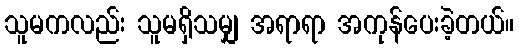
သူမကလည်း သူမရှိသမျှ အရာရာ အကုန်ပေးခဲ့တယ်။